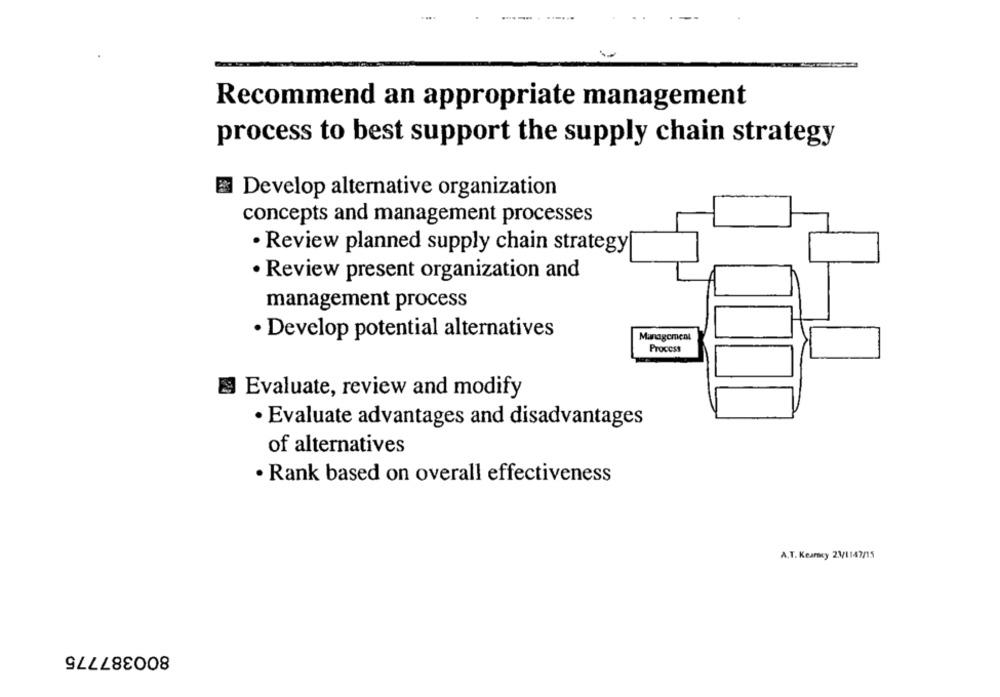
Recommend an appropriate management
process to best support the supply chain strategy
Develop alternative organization
concepts and management processes
· Review planned supply chain strategy
· Review present organization and
management process
· Develop potential alternatives
Management
Process
Evaluate, review and modify
· Evaluate advantages and disadvantages
of alternatives
· Rank based on overall effectiveness
A.T. Kearney 23/1147/15
800387775